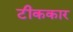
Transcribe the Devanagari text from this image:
टीककार